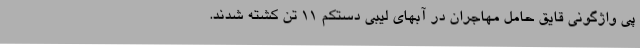
پی واژگونی قایق حامل مهاجران در آبهای لیبی دستکم 11 تن کشته شدند.